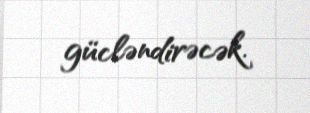
gücləndirəcək.